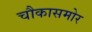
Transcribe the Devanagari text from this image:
चौकासमोर